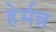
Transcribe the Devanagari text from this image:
हेर्मन्न